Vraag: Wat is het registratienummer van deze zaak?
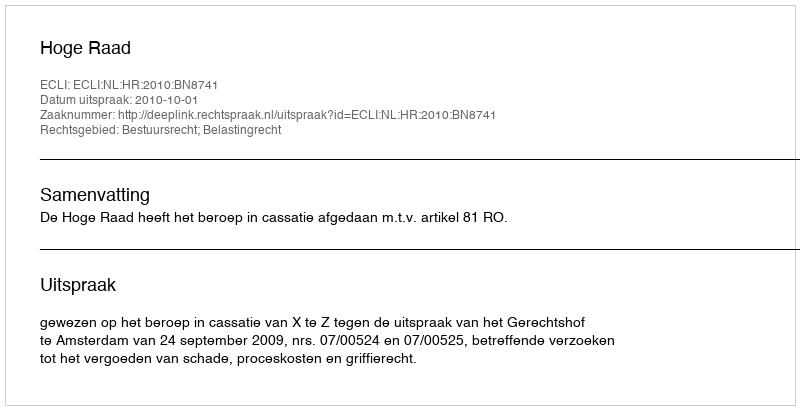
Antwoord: http://deeplink.rechtspraak.nl/uitspraak?id=ECLI:NL:HR:2010:BN8741